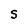
Character: S